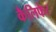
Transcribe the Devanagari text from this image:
कैलिफेट